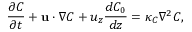
\frac { \partial C } { \partial t } + \mathbf { u } \cdot \nabla C + u _ { z } \frac { d C _ { 0 } } { d z } = \kappa _ { C } \nabla ^ { 2 } C ,